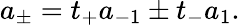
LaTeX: a_{\pm}=t_{+}a_{-1}\pm t_{-}a_{1}.